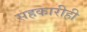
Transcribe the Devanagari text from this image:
सहकारीही